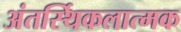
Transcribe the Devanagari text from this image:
अंतर्स्थिकलात्मक